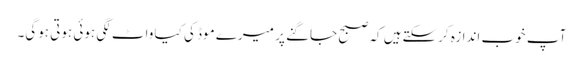
آپ خوب اندازہ کرسکتےہیں کہ صبح جاگنے پر میرے موڈ کی کیا واٹ لگی ہوئی ہوتی ہوگی۔